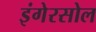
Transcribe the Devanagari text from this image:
इंगेरसोल